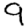
Digit: 9